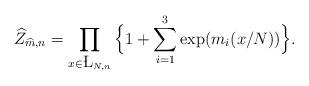
LaTeX: \begin{align*}\widehat Z_{\widehat m,n} = \prod_{x\in \L_{N,n}}\Big\{1+ \sum_{i=1}^3 \exp (m_i(x/N))\Big\}.\end{align*}